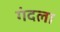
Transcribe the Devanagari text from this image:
गंदला